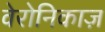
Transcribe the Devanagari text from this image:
वेरोनिकाज़